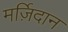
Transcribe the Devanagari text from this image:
मर्ज़िदान